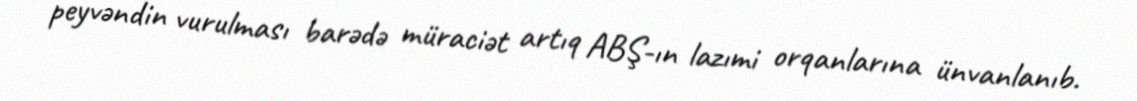
peyvəndin vurulması barədə müraciət artıq ABŞ-ın lazımi orqanlarına ünvanlanıb.